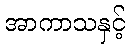
အာကာသနှင့်